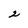
Character: 2